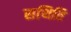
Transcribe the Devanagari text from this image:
सथिति